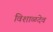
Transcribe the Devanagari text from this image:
विशाळदेव